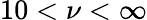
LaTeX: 10<\nu<\infty